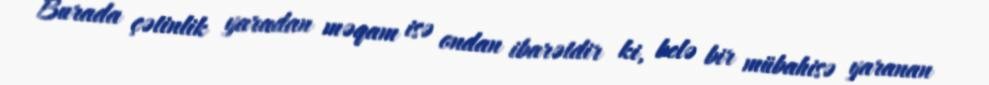
Burada çətinlik yaradan məqam isə ondan ibarətdir ki, belə bir mübahisə yaranan